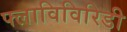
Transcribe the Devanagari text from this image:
फ्लाविविरिडी